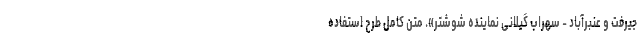
جیرفت و عنبرآباد - سهراب گیلانی نماینده شوشتر». متن کامل طرح استفاده